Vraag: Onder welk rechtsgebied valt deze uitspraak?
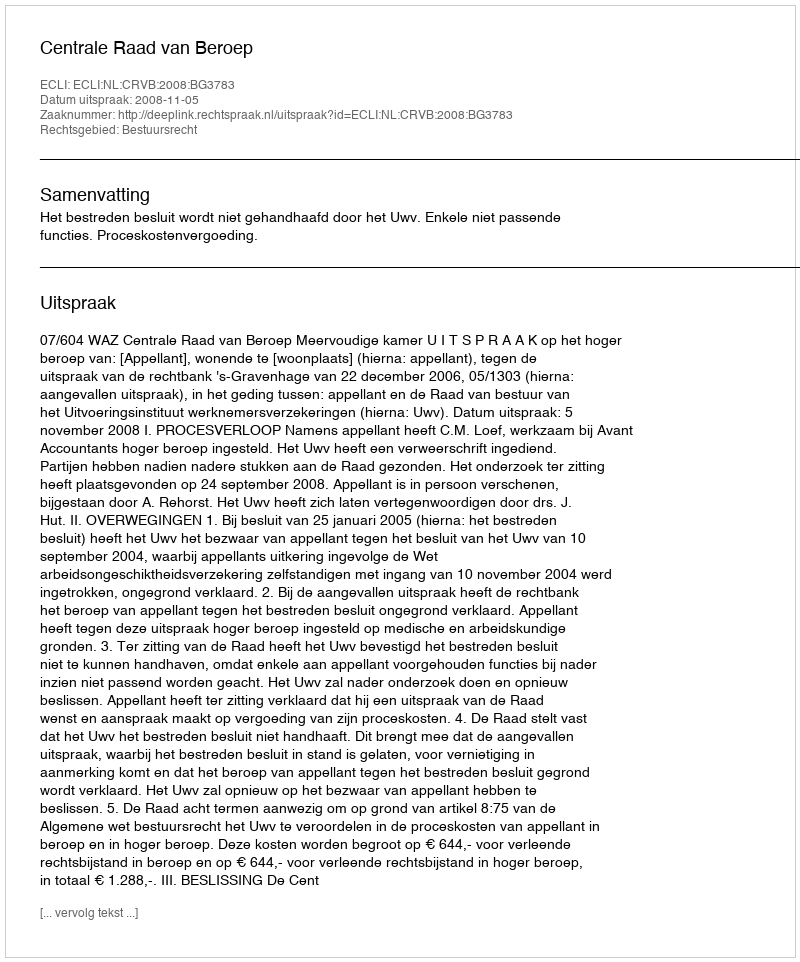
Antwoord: Bestuursrecht